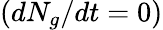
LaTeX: (dN_{g}/dt=0)